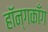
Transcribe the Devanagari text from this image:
हॉन्गकाँग